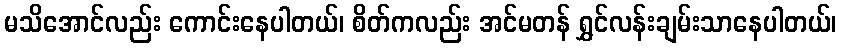
မသိအောင်လည်း ကောင်းနေပါတယ်၊ စိတ်ကလည်း အင်မတန် ရွှင်လန်းချမ်းသာနေပါတယ်၊